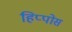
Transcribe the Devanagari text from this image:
हिप्पोस